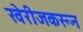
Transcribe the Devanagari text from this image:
खेरीजकरून